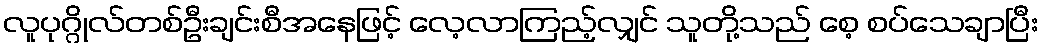
လူပုဂ္ဂိုလ်တစ်ဦးချင်းစီအနေဖြင့် လေ့လာကြည့်လျှင် သူတို့သည် စေ့ စပ်သေချာပြီး